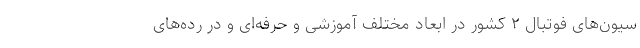
سیون‌های فوتبال ۲ کشور در ابعاد مختلف آموزشی و حرفه‌ای و در رده‌های